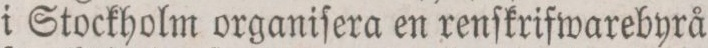
i Stockholm organiſera en renſkrifwarebyrå